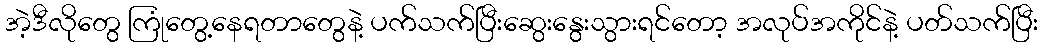
အဲ့ဒီလိုတွေ ကြုံတွေ့နေရတာတွေနဲ့ ပက်သက်ပြီးဆွေးနွေးသွားရင်တော့ အလုပ်အကိုင်နဲ့ ပတ်သက်ပြီး